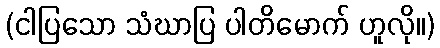
(ငါပြသော သံဃာပြ ပါတိမောက် ဟူလို။)